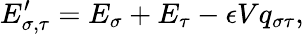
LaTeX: E_{\sigma,\tau}^{\prime}=E_{\sigma}+E_{\tau}-\epsilon Vq_{\sigma\tau},